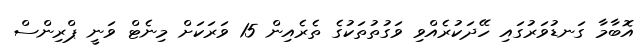
އޮބާމާ ގަނޑުވަރުގައި ހޭދަކުރެއްވި ވަގުތުތަކުގެ ތެރެއިން 15 ވަރަކަށް މިނެޓް ވަނީ ޕްރިންސް